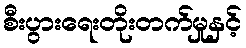
စီးပွားရေးတိုးတက်မှုနှင့်